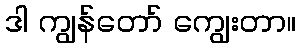
ဒါ ကျွန်တော် ကျွေးတာ။